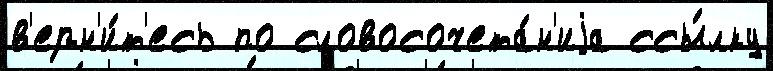
в'ерн'и́т'есь по словосочета́н'иjа ссы́лку